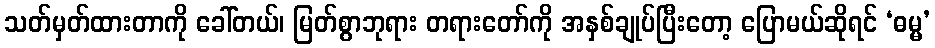
သတ်မှတ်ထားတာကို ခေါ်တယ်၊ မြတ်စွာဘုရား တရားတော်ကို အနှစ်ချုပ်ပြီးတော့ ပြောမယ်ဆိုရင် ‘ဓမ္မ’